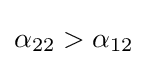
\alpha _{22}>\alpha _{12}